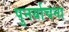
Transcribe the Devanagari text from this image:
पुनर्याचना